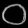
Digit: ၀